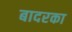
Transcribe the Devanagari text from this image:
बादरका